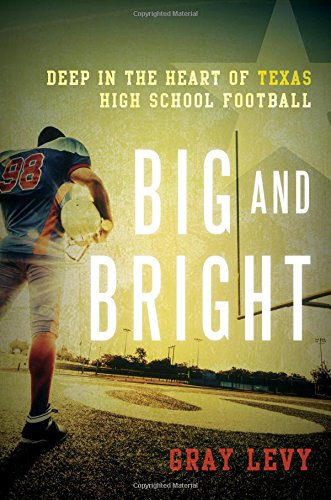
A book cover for Big and Bright: Deep in the Heart of Texas High School Football; Gray Levy; Sports & Outdoors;